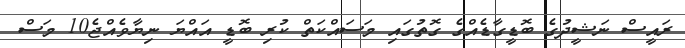
ރައީސް ނަޝީދުގެ ބޮޑީގާޑެއްގެ ގޮތުގައި މަސައްކަތް ކުރި ބޮޑީ އައްޔަ ނިޔާވެއްޖެ10 މަސް